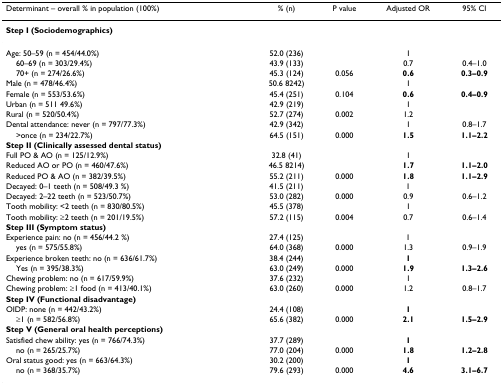
<table><thead><tr><td><b>Determinant – overall % in population (100%)</b></td><td><b>% (n)</b></td><td><b>P value</b></td><td><b>Adjusted OR</b></td><td><b>95% CI</b></td></tr></thead><tbody><tr><td><b>Step I (Sociodemographics)</b></td><td></td><td></td><td></td><td></td></tr><tr><td>Age: 50–59 (n = 454/44.0%)</td><td>52.0 (236)</td><td></td><td>1</td><td></td></tr><tr><td> 60–69 (n = 303/29.4%)</td><td>43.9 (133)</td><td></td><td>0.7</td><td>0.4–1.0</td></tr><tr><td> 70+ (n = 274/26.6%)</td><td>45.3 (124)</td><td>0.056</td><td><b>0.6</b></td><td><b>0.3–0.9</b></td></tr><tr><td>Male (n = 478/46.4%)</td><td>50.6 8242)</td><td></td><td>1</td><td></td></tr><tr><td>Female (n = 553/53.6%)</td><td>45.4 (251)</td><td>0.104</td><td><b>0.6</b></td><td><b>0.4–0.9</b></td></tr><tr><td>Urban (n = 511 49.6%)</td><td>42.9 (219)</td><td></td><td>1</td><td></td></tr><tr><td>Rural (n = 520/50.4%)</td><td>52.7 (274)</td><td>0.002</td><td>1.2</td><td></td></tr><tr><td>Dental attendance: never (n = 797/77.3%)</td><td>42.9 (342)</td><td></td><td>1</td><td>0.8–1.7</td></tr><tr><td> &gt;once (n = 234/22.7%)</td><td>64.5 (151)</td><td>0.000</td><td><b>1.5</b></td><td><b>1.1–2.2</b></td></tr><tr><td><b>Step II (Clinically assessed dental status)</b></td><td></td><td></td><td></td><td></td></tr><tr><td>Full PO &amp; AO (n = 125/12.9%)</td><td>32.8 (41)</td><td></td><td>1</td><td></td></tr><tr><td>Reduced AO or PO (n = 460/47.6%)</td><td>46.5 8214)</td><td></td><td><b>1.7</b></td><td><b>1.1–2.0</b></td></tr><tr><td>Reduced PO &amp; AO (n = 382/39.5%)</td><td>55.2 (211)</td><td>0.000</td><td><b>1.8</b></td><td><b>1.1–2.9</b></td></tr><tr><td>Decayed: 0–1 teeth (n = 508/49.3 %)</td><td>41.5 (211)</td><td></td><td>1</td><td></td></tr><tr><td>Decayed: 2–22 teeth (n = 523/50.7%)</td><td>53.0 (282)</td><td>0.000</td><td>0.9</td><td>0.6–1.2</td></tr><tr><td>Tooth mobility: &lt;2 teeth (n = 830/80.5%)</td><td>45.5 (378)</td><td></td><td>1</td><td></td></tr><tr><td>Tooth mobility: ≥2 teeth (n = 201/19.5%)</td><td>57.2 (115)</td><td>0.004</td><td>0.7</td><td>0.6–1.4</td></tr><tr><td><b>Step III (Symptom status)</b></td><td></td><td></td><td></td><td></td></tr><tr><td>Experience pain: no (n = 456/44.2 %)</td><td>27.4 (125)</td><td></td><td>1</td><td></td></tr><tr><td> yes (n = 575/55.8%)</td><td>64.0 (368)</td><td>0.000</td><td>1.3</td><td>0.9–1.9</td></tr><tr><td>Experience broken teeth: no (n = 636/61.7%)</td><td>38.4 (244)</td><td></td><td><b>1</b></td><td></td></tr><tr><td> Yes (n = 395/38.3%)</td><td>63.0 (249)</td><td>0.000</td><td><b>1.9</b></td><td><b>1.3–2.6</b></td></tr><tr><td>Chewing problem: no (n = 617/59.9%)</td><td>37.6 (232)</td><td></td><td>1</td><td></td></tr><tr><td>Chewing problem: ≥1 food (n = 413/40.1%)</td><td>63.0 (260)</td><td>0.000</td><td>1.2</td><td>0.8–1.7</td></tr><tr><td><b>Step IV (Functional disadvantage)</b></td><td></td><td></td><td></td><td></td></tr><tr><td>OIDP: none (n = 442/43.2%)</td><td>24.4 (108)</td><td></td><td><b>1</b></td><td></td></tr><tr><td> ≥1 (n = 582/56.8%)</td><td>65.6 (382)</td><td>0.000</td><td><b>2.1</b></td><td><b>1.5–2.9</b></td></tr><tr><td><b>Step V (General oral health perceptions)</b></td><td></td><td></td><td></td><td></td></tr><tr><td>Satisfied chew ability: yes (n = 766/74.3%)</td><td>37.7 (289)</td><td></td><td><b>1</b></td><td></td></tr><tr><td> no (n = 265/25.7%)</td><td>77.0 (204)</td><td>0.000</td><td><b>1.8</b></td><td><b>1.2–2.8</b></td></tr><tr><td>Oral status good: yes (n = 663/64.3%)</td><td>30.2 (200)</td><td></td><td><b>1</b></td><td></td></tr><tr><td> no (n = 368/35.7%)</td><td>79.6 (293)</td><td>0.000</td><td><b>4.6</b></td><td><b>3.1–6.7</b></td></tr></tbody></table>